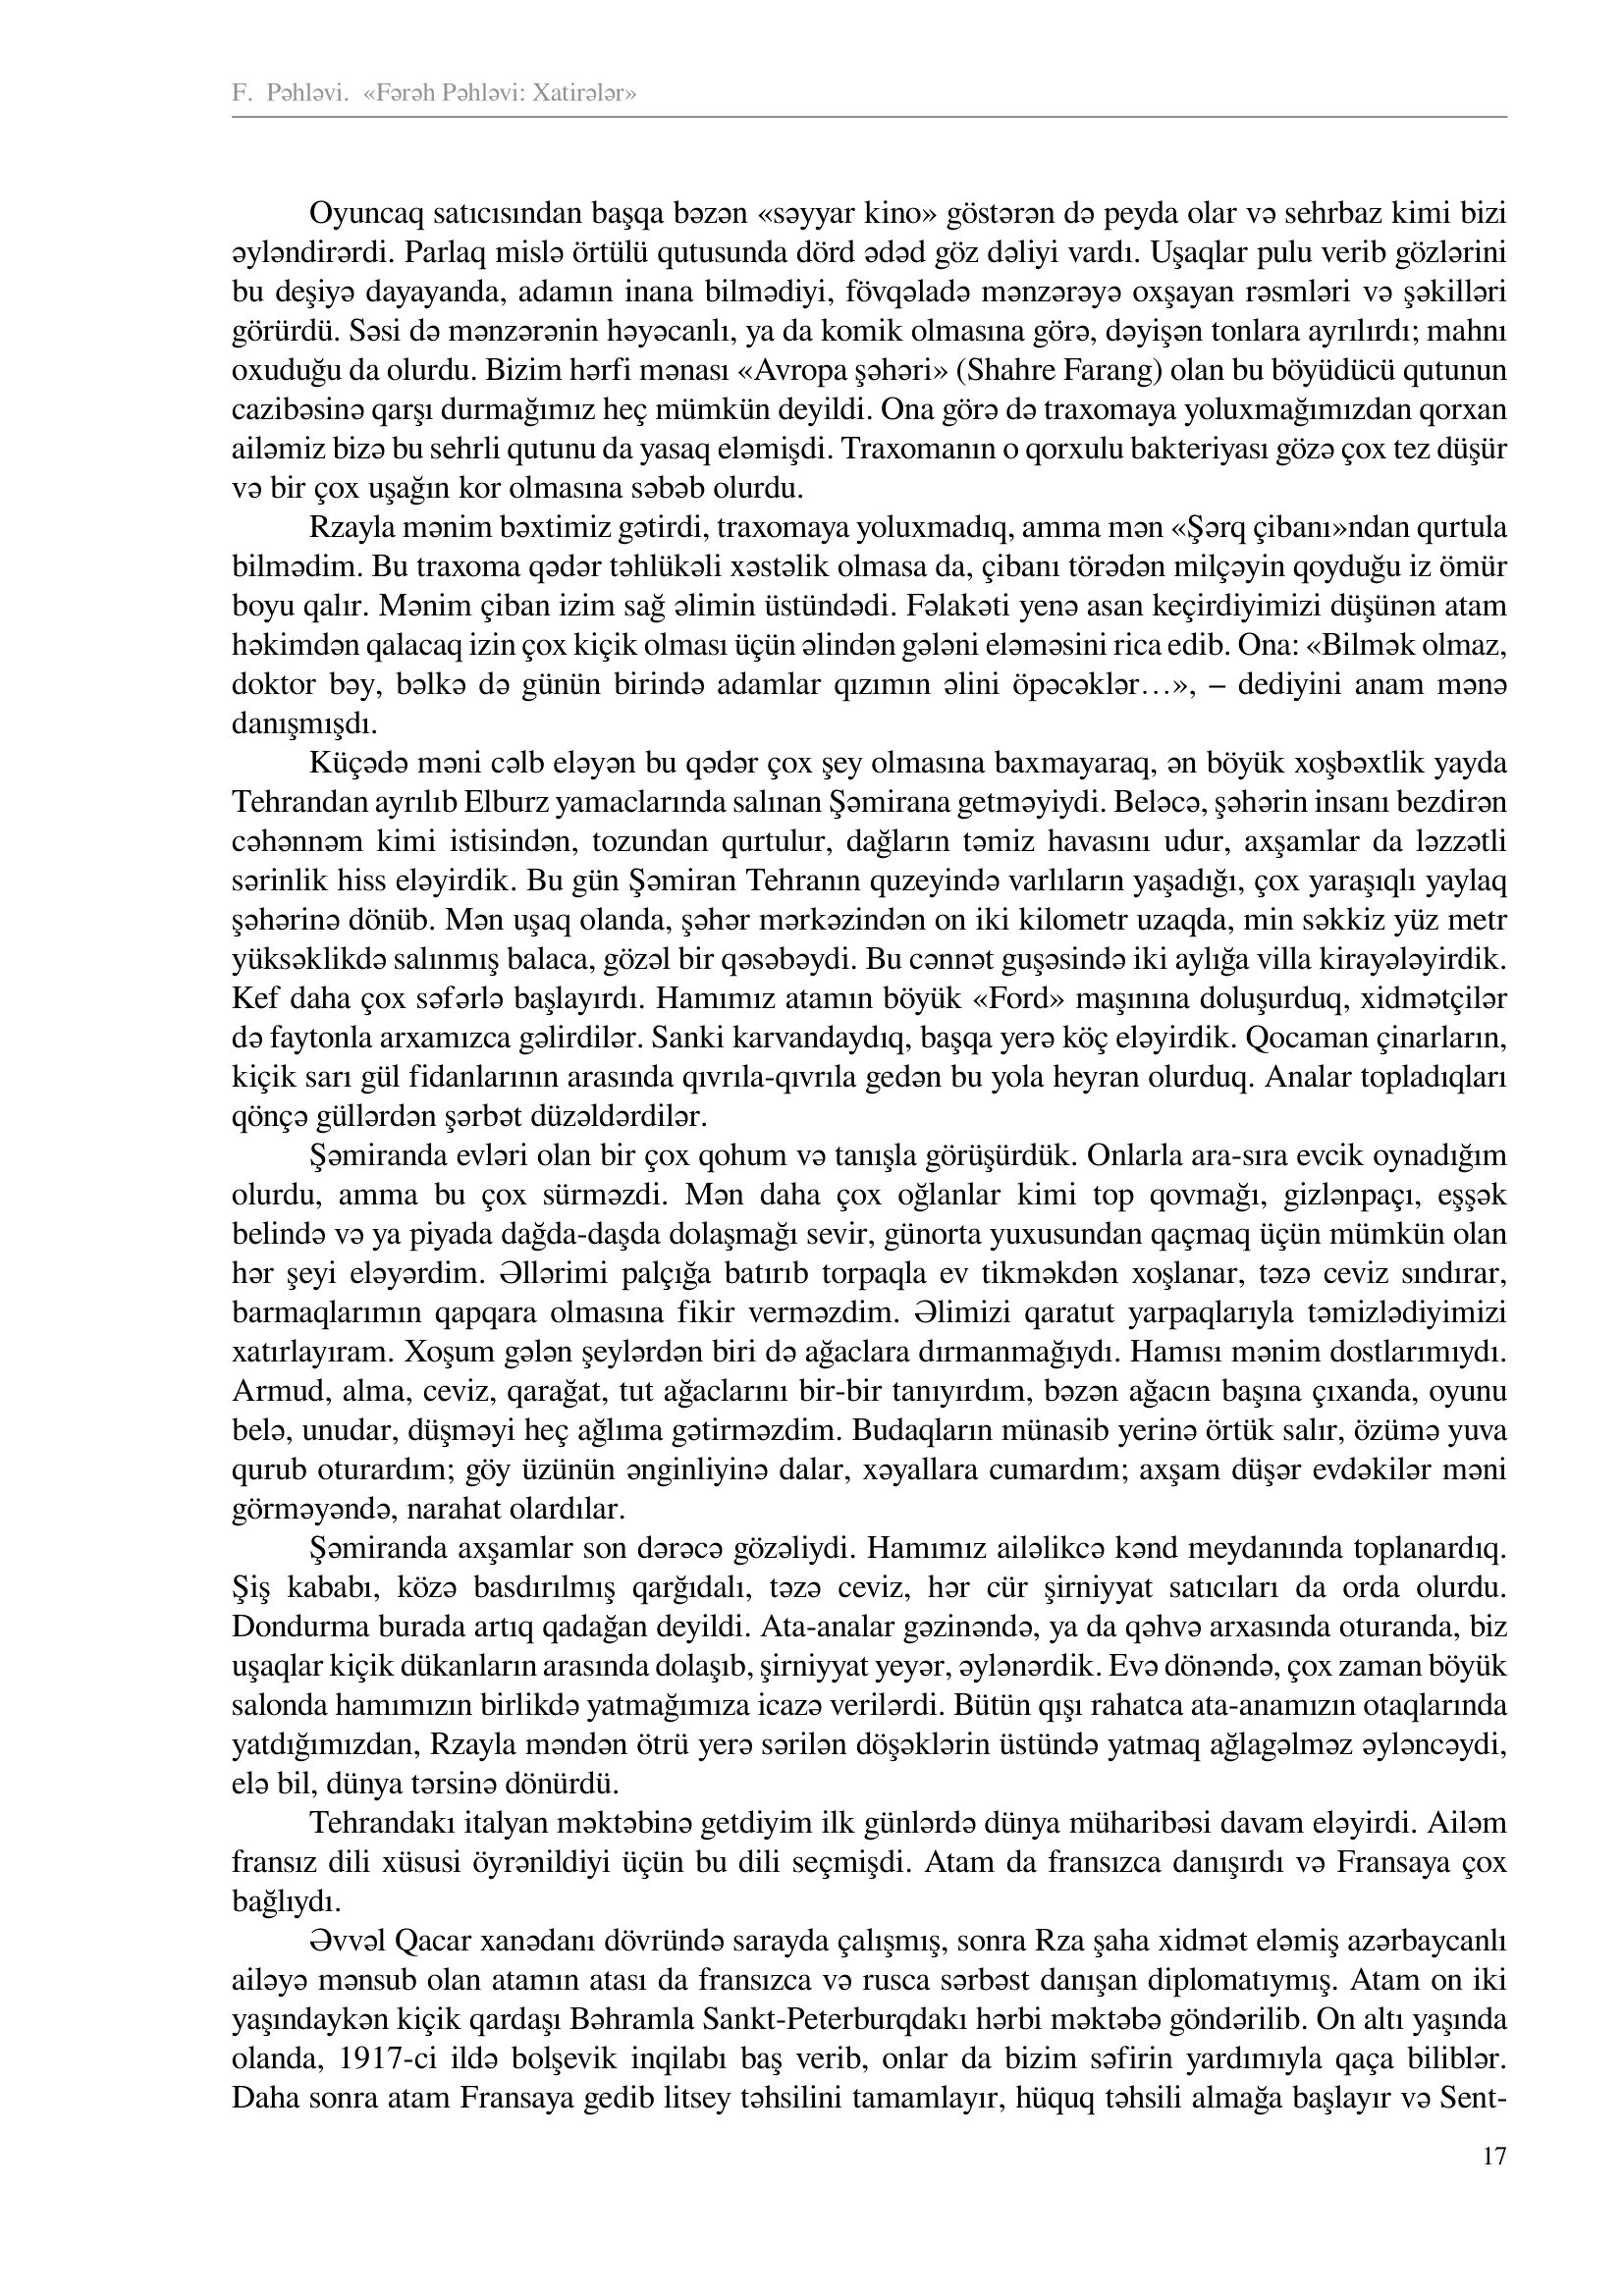
Language: az